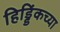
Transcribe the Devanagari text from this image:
हिड्डिंकच्या